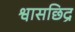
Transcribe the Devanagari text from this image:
श्वासछिद्र